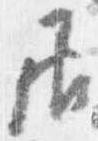
居